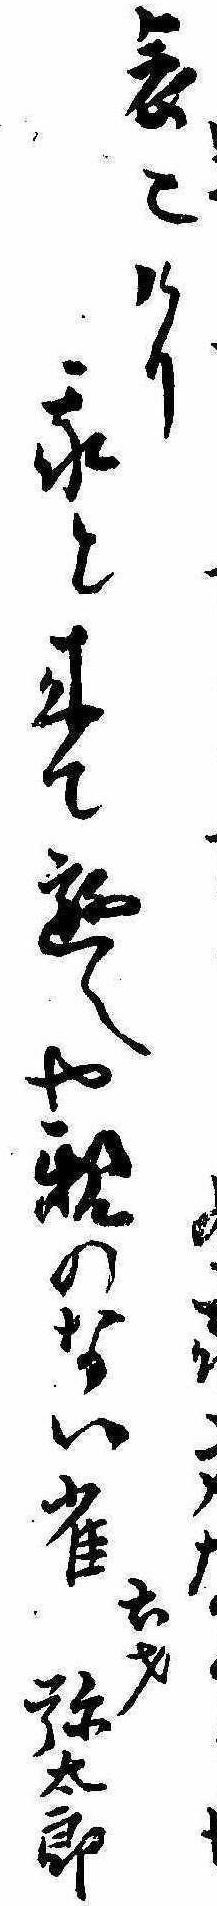
哀也けり我と来て遊へや親のない雀弥太郎